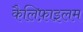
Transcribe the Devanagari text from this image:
कैलिफ़ाइलम